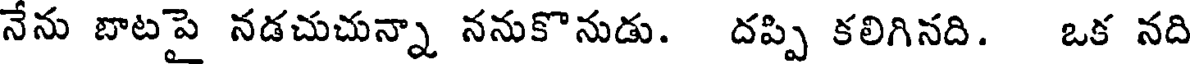
నేను బాటపై నడచుచున్నా ననుకొనుడు. దప్పి కలిగినది. ఒక నది